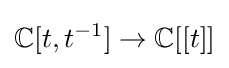
\mathbb {C} [t,t^{-1}]\to \mathbb {C} [[t]]